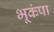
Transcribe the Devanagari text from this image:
भूकंपा